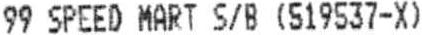
99 SPEED MART S/B (519537-X)